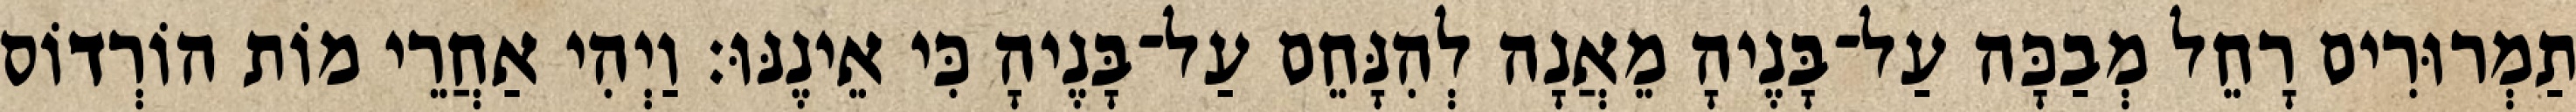
תַמְרוּרִים רָחֵל מְבַכָּה עַל־בָּנֶיהָ מֵאֲנָה לְהִנָּחֵם עַל־בָּנֶיהָ כִּי אֵינֶנּוּ׃ וַיְהִי אַחֲרֵי מוֹת הוֹרְדוֹס